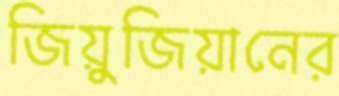
জিয়ুজিয়ানের